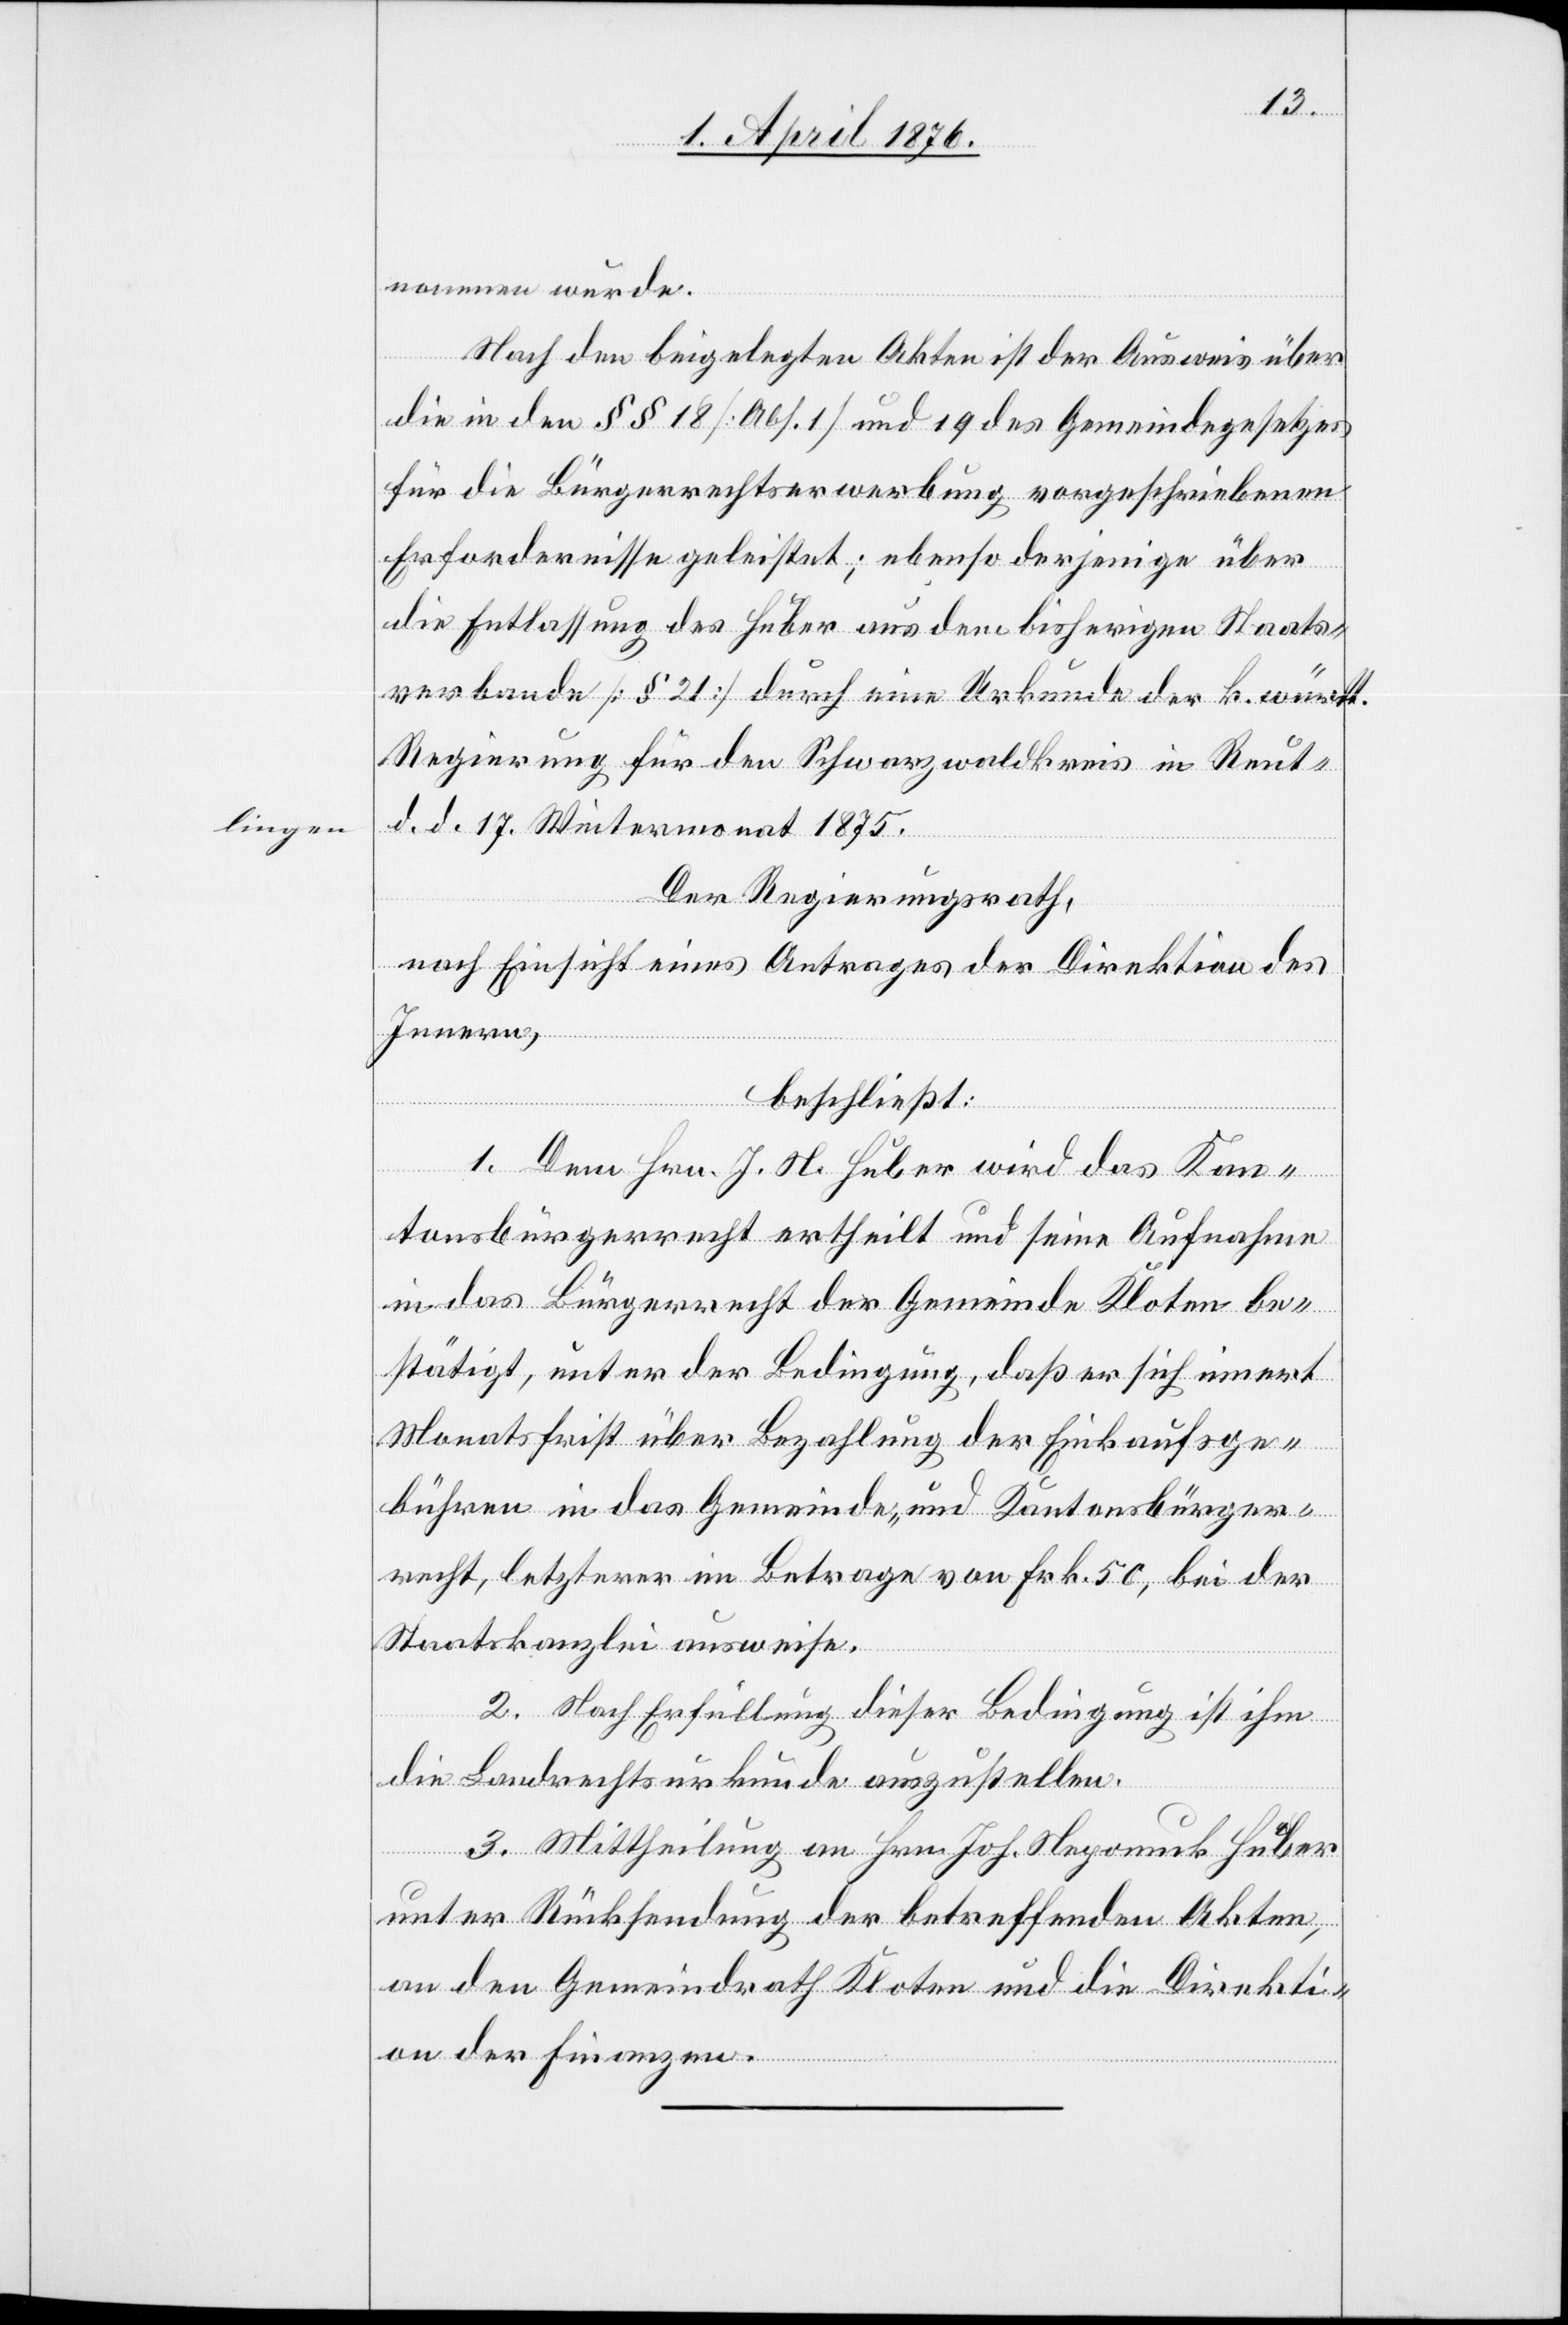
nommen wurde.
ngen-a
Nach den beigelegten Akten ist der Ausweis über
die in den §§ 18 [Abs. 1] und 19 des Gemeindegesetzes
für die Bürgerrechtserwerbung vorgeschriebenen
Erfordernisse geleistet; ebenso derjenige über
die Entlassung des Huber aus dem bisherigen Staats¬
verbande [§ 21] durch eine Urkunde der k. württ.
Regierung für den Schwarzwaldkreis in Reut¬
d. d. 17. Wintermonat 1875.
Der Regierungsrath,
nach Einsicht eines Antrages der Direktion des
Innern,
beschließt:
1. Dem Hrn. J. H. Huber wird das Kan¬
tonsbürgerrecht ertheilt und seine Aufnahme
in das Bürgerrecht der Gemeinde Kloten be¬
stätigt, unter der Bedingung, daß er sich innert
Monatsfrist über Bezahlung der Einkaufge¬
bühren in das Gemeinde- und Kantonsbürger¬
recht, letzterer im Betrage von Frk. 50, bei der
Staatskanzlei ausweise.
a-li¬
2. Mittheilung an Hrn. Joh. Nepomuk Huber
unter Rücksendung der betreffenden Akten,
an den Gemeindrath Kloten und die Direkti¬
on der Finanzen.